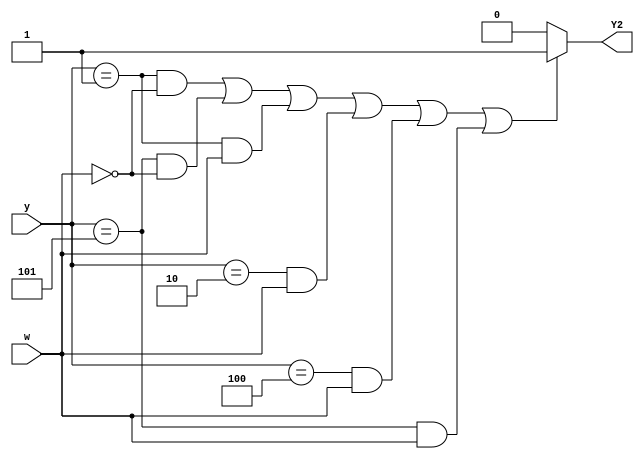
module top_module (
    input [3:1] y,
    input w,
    output Y2);
    
    parameter A=3'b000, B=3'b001, C=3'b010, D=3'b011, E=3'b100, F=3'b101;
    
    assign Y2 = ((y==B)&(w==0) | (y==F)&(w==0) | (y==B)&(w==1) | (y==C)&(w==1) | (y==E)&(w==1) | (y==F)&(w==1))?1:0;

endmodule